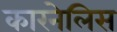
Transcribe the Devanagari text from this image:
कारनेलिस